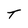
Character: T